Annual report of the Imperial Bacteriologist
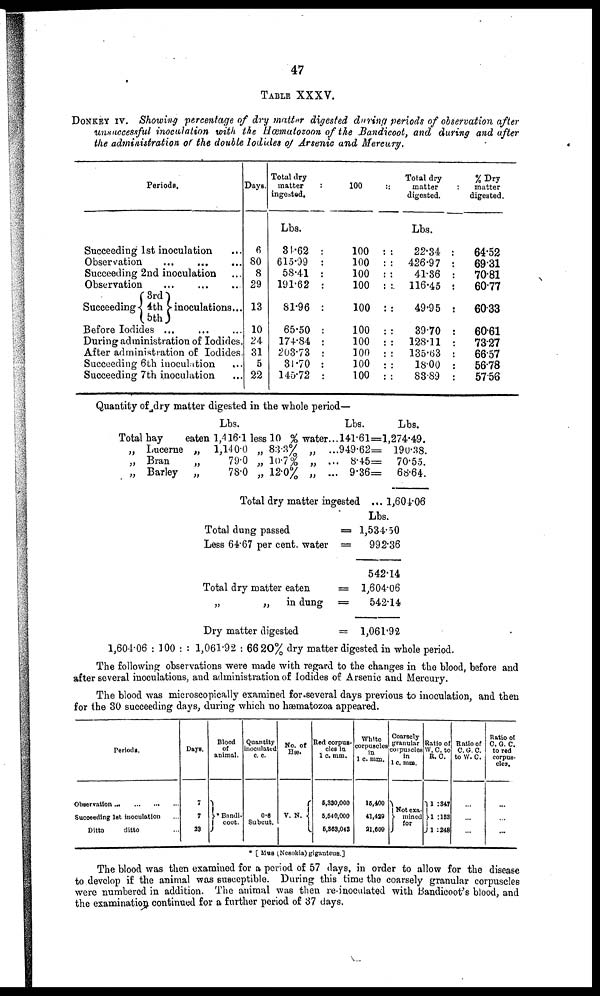
47
TABLE XXXV.
DONKEY IV. Showing percentage of dry matter digested during periods of observation after
unsuccessful inoculation with the Hæmatozoon of the Bandicoot, and during and after
the administration of the double Iodides of Arsenic and Mercury.
Periods.
Succeeding 1st inoculation ...
Observation
...
Succeeding 2nd inoculation
Observation...
...
...
3rd
Succeeding { 4th } inoculations...
5th
Before Iodides ...
...
...
During administration of Iodides.
After administration of Iodides.
Succeeding 6th inoculation
Succeeding 7th inoculation
Days.
6
80
8
29
13
10
24
31
5
22
Total dry
matter
:
ingested.
Lbs.
34.62 :
615.99 :
58.41 :
191.62 :
81.96 :
65.50 :
174.84 :
203.73 :
31.70 :
145.72 :
100
::
100 :
100 :
100 :
100 :
100 :
100 :
100 :
100 :
100 :
100 :
Total dry
matter:
digested.
Lbs.
:
22.34 :
: 426.97
:
41.36
: 116.45
:
49.95
:
39.70
: 128.11
: 135.63
:
18.00
:
83.89
%Dry
matter
digested.
64.52
69.31
70.81
60.77
60.33
60.61
73.27
66.57
56.78
57.56
Quantity of dry matter digested in the whole period—
Total
„
„
„
hay
Lucerne
Bran
Barley
eaten
„
„
„
Lbs.
1,416.1
1,140.0
79.0
78.0
less
„
„
„
10 %
83.3%
10.7%
12.0%
water...
„ ...
„ ...
„ ...
Lbs.
141.61=
949.62=
8.45=
9.36=
Total dry matter ingested ...
Lbs.
1,274.49.
190.38.
70.55.
68.64.
, 1,604.06
Total dung passed
Less 64.67 per cent, water
Total dry matter eaten
„
„
in dung
Dry matter digested
=
=
=
=
=
Lbs.
1,534.50
992.36
542.14
1,604.06
542.14
1,061.92
1,604.06 : 100 : : 1,061.92 : 66.20% dry matter digested in whole period.
The following observations were made with regard to the changes in the blood, before and
after several inoculations, and administration of Iodides of Arsenic and Mercury.
The blood was microscopically examined for several days previous to inoculation, and then
for the 30 succeeding days, during which no hæmatozoa appeared.
Periods.
Observation...
Succeeding 1st inoculation
Ditto
ditto
Days.
7
7
23
Blood
of
animal.
}*Bandi¬
coot.
Quantity
inoculated
c. c.
0.6
Subcut.
No. of
Bee.
V. N. {
Red corpus-
cles in
1 c. mm.
5,330,000
5,640,000
5,363,043
White
corpuscles
in
1 c. mm.
15,400
41,429
21.609
Coarsely
granular
corpuscles
in
1 c. mm.
not exa-
} mined
for
Ratio of
W. C. to
R.O.
1: 347
} 1:133
1 :248
Ratio of
C. G. C.
to W. C
Ratio of
C G. C.
to red
corpus-
cles.
...
* [ Mus (Nesokia)giganteus.]
The blood was then examined for a period of 57 days, in order to allow for the disease
to develop if the animal was susceptible. During this time the coarsely granular corpuscles
were numbered in addition. The animal was then re-inoculated with Bandicoot's blood, and
the examination continued for a further period of 37 days.